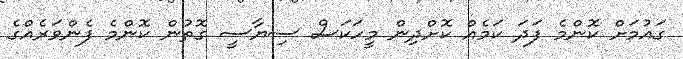
ގައުމަށް ކޮންމެ ފަދަ ކަމެއް ކޮށްދިން މީހަކަސް ސިޔާސީ ގޮތުން ކޮންމެ ފެންވަރެއްގެ